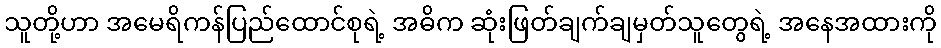
သူတို့ဟာ အမေရိကန်ပြည်ထောင်စုရဲ့ အဓိက ဆုံးဖြတ်ချက်ချမှတ်သူတွေရဲ့ အနေအထားကို